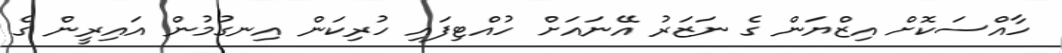
ހާއްސަކޮށް އިޒްޔަން ގެ ނަޒަރު އޭނައަށް ހުއްޓިފައި ހުރިކަން އިނގުމުން އައިރީން ގެ